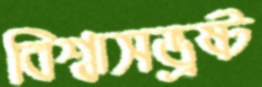
বিশ্বাসভ্রষ্ট